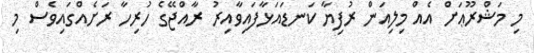
މި މަޝްރޫޢަށް އެއް މިލިއަން ރުފިޔާ ކަނޑައަޅާފައިވާއިރު ރާއްޖޭގެ ހުރިހާ ރަށެއްގައިވެސް މި